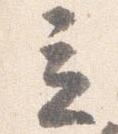
立